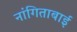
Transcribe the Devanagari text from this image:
नांगिताबाई